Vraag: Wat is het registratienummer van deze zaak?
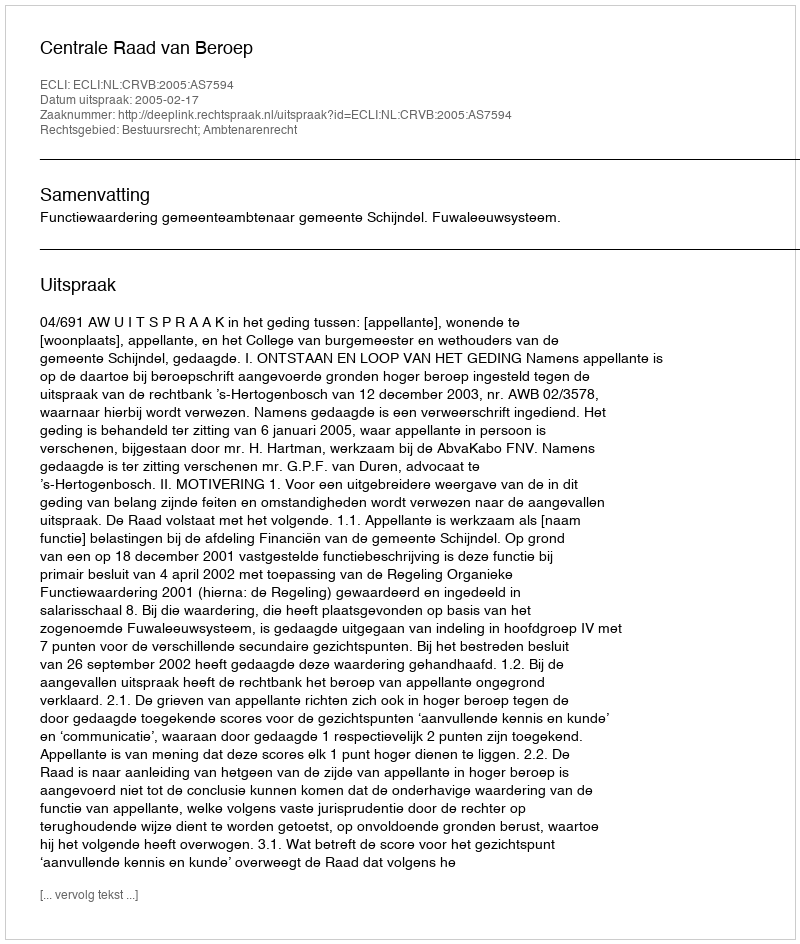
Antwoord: http://deeplink.rechtspraak.nl/uitspraak?id=ECLI:NL:CRVB:2005:AS7594